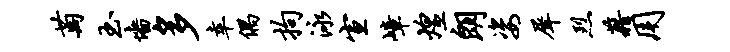
萄玉墙多幸偶拘泳宣嶂煌朗姿犀烈藉用